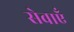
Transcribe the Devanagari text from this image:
सेवाएॅं